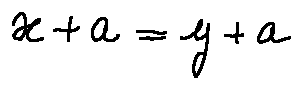
x + a = y + a